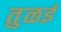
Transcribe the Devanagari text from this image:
तुळई